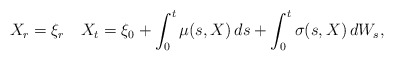
\begin{align*}X_{r} =\xi_r\quad{X}_t = \xi_0+ \int_{0}^{t}\mu(s,X )\,ds+ \int_{0}^{t}\sigma(s,X )\,dW_s,\end{align*}